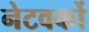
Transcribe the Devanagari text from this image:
नेटवर्को